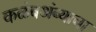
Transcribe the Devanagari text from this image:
कळंबअंब्याचा